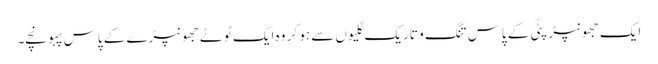
ایک جھونپڑپٹّی کے پاس تنگ و تاریک گلیوں سے ہو کر وہ ایک ٹوٹے جھونپڑے کے پاس پہونچے۔